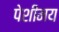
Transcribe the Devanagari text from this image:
पेशीमय